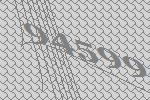
94599